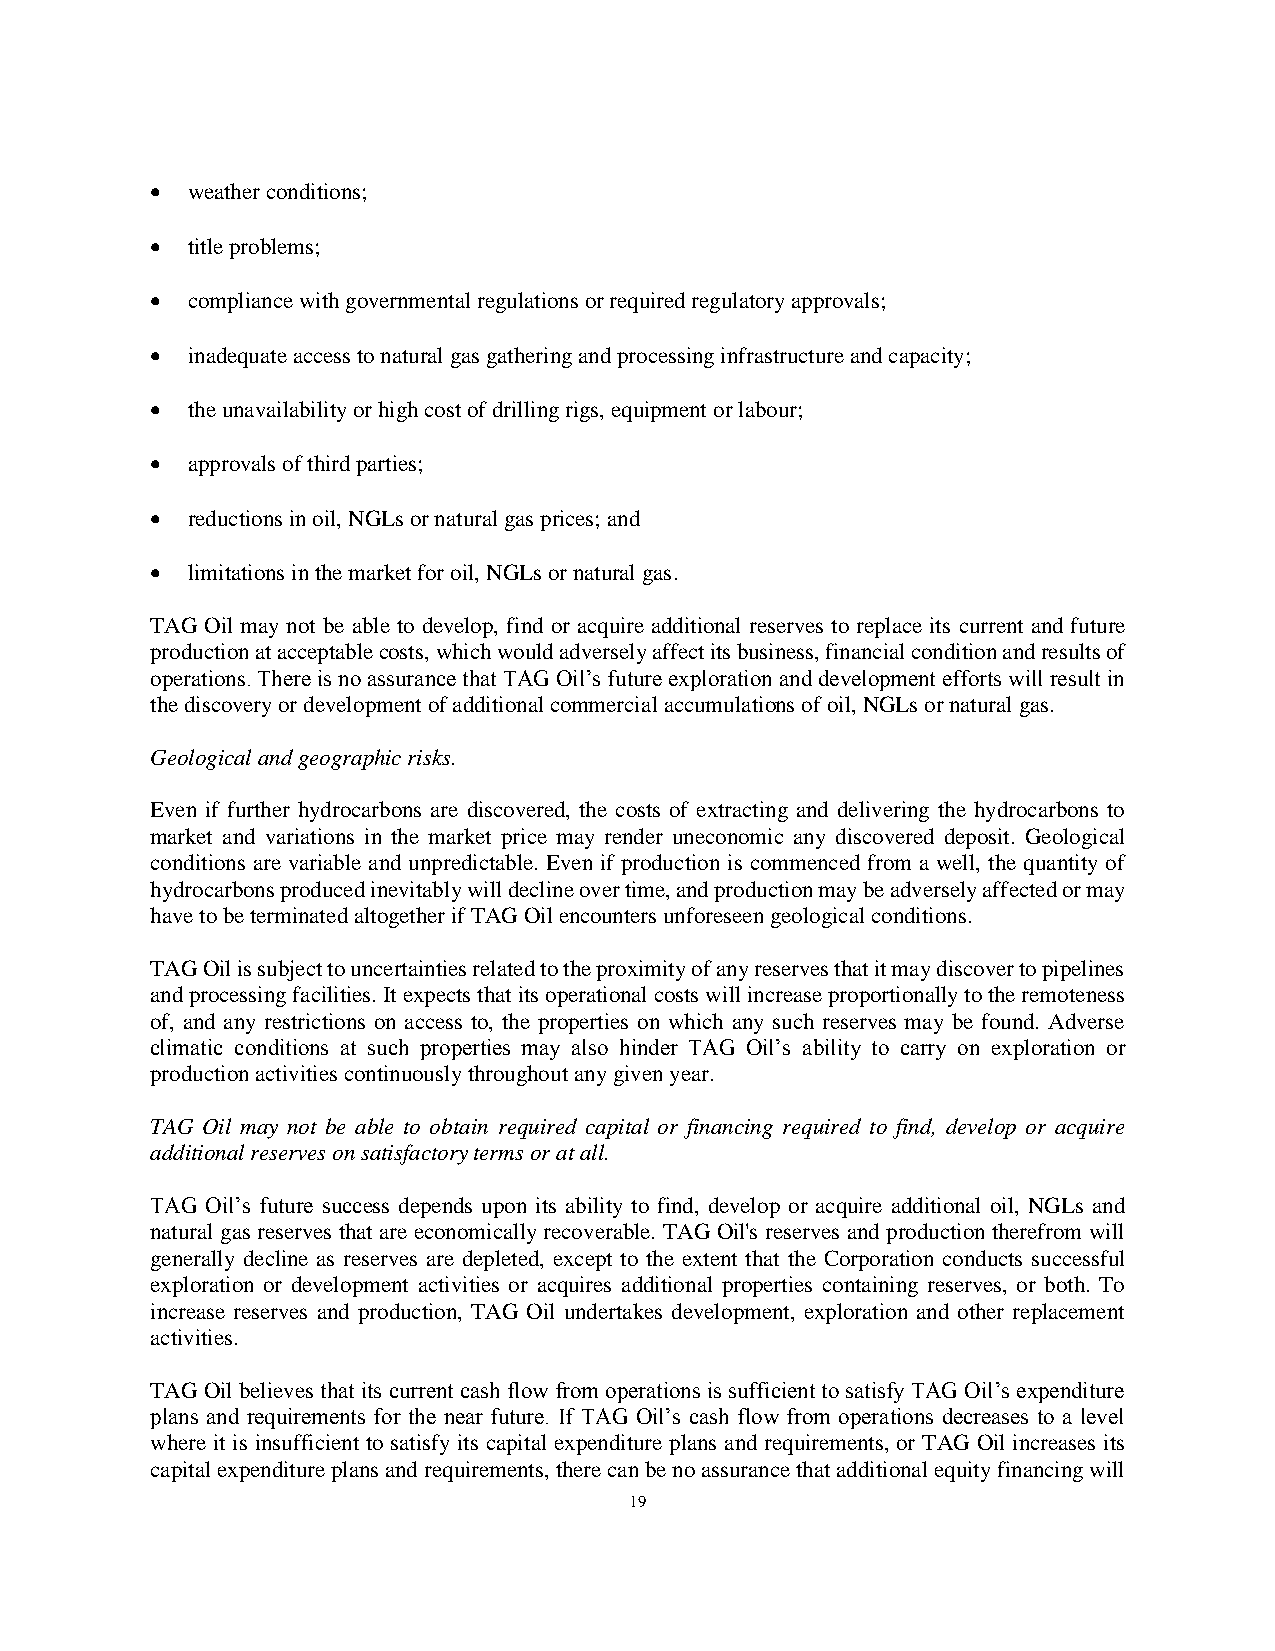
• weather conditions;
 • title problems;
 • compliance with governmental regulations or required regulatory approvals;
 • inadequate access to natural gas gathering and processing infrastructure and capacity;
 • the unavailability or high cost of drilling rigs, equipment or labour;
 • approvals of third parties;
 • reductions in oil, NGLs or natural gas prices; and
 • limitations in the market for oil, NGLs or natural gas.
 TAG Oil may not be able to develop, find or acquire additional reserves to replace its current and future
 production at acceptable costs, which would adversely affect its business, financial condition and results of
 operations. There is no assurance that TAG Oil’s future exploration and development efforts will result in
 the discovery or development of additional commercial accumulations of oil, NGLs or natural gas.
 Geological and geographic risks.
 Even if further hydrocarbons are discovered, the costs of extracting and delivering the hydrocarbons to
 market and variations in the market price may render uneconomic any discovered deposit. Geological
 conditions are variable and unpredictable. Even if production is commenced from a well, the quantity of
 hydrocarbons produced inevitably will decline over time, and production may be adversely affected or may
 have to be terminated altogether if TAG Oil encounters unforeseen geological conditions.
 TAG Oil is subject to uncertainties related to the proximity of any reserves that it may discover to pipelines
 and processing facilities. It expects that its operational costs will increase proportionally to the remoteness
 of, and any restrictions on access to, the properties on which any such reserves may be found. Adverse
 climatic conditions at such properties may also hinder TAG Oil’s ability to carry on exploration or
 production activities continuously throughout any given year.
 TAG Oil may not be able to obtain required capital or financing required to find, develop or acquire
 additional reserves on satisfactory terms or at all.
 TAG Oil’s future success depends upon its ability to find, develop or acquire additional oil, NGLs and
 natural gas reserves that are economically recoverable. TAG Oil's reserves and production therefrom will
 generally decline as reserves are depleted, except to the extent that the Corporation conducts successful
 exploration or development activities or acquires additional properties containing reserves, or both. To
 increase reserves and production, TAG Oil undertakes development, exploration and other replacement
 activities.
 TAG Oil believes that its current cash flow from operations is sufficient to satisfy TAG Oil’s expenditure
 plans and requirements for the near future. If TAG Oil’s cash flow from operations decreases to a level
 where it is insufficient to satisfy its capital expenditure plans and requirements, or TAG Oil increases its
 capital expenditure plans and requirements, there can be no assurance that additional equity financing will
 19